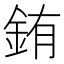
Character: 銪